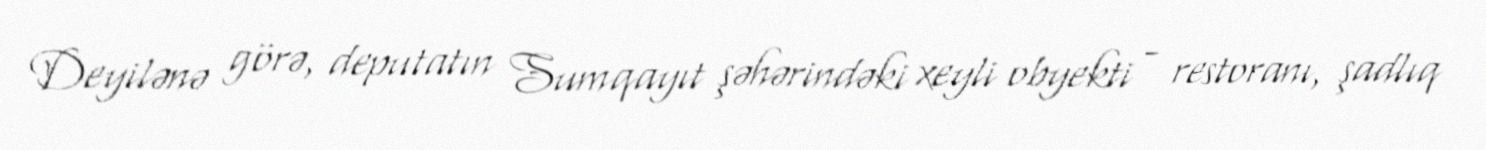
Deyilənə görə, deputatın Sumqayıt şəhərindəki xeyli obyekti - restoranı, şadlıq